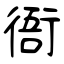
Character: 衙